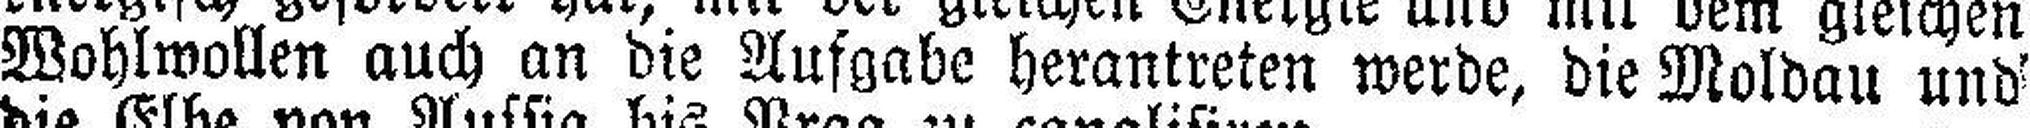
Wohlwollen auch an die Aufgabe herantreten werde, die Moldau und